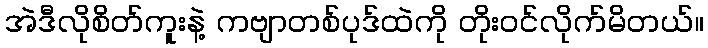
အဲဒီလိုစိတ်ကူးနဲ့ ကဗျာတစ်ပုဒ်ထဲကို တိုးဝင်လိုက်မိတယ်။